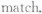
match.